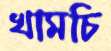
খামচি